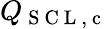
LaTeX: Q_{\mathrm{~S~C~L~,~c~}}